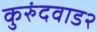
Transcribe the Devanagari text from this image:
कुरुंदवाड२